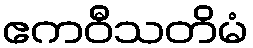
ဧကဝီသတိမံ